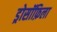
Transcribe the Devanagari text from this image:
ड्रोसॉफ़िला